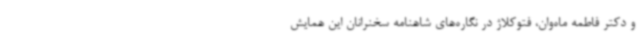
و دکتر فاطمه ماه‌وان، فتوکلاژ در نگاره‌های شاهنامه سخنرانان این همایش